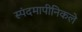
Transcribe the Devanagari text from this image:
स्पंदमापीनिकले